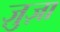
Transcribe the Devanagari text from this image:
ज़ुज़ा